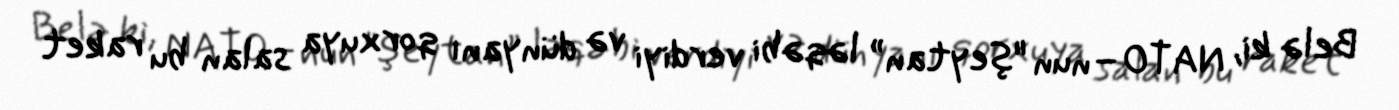
Belə ki, NATO–nun "şeytan” ləqəbi verdiyi və dünyanı qorxuya salan bu raket